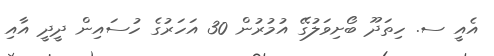
އެއީ ސ. ހިތަދޫ ބޯށިވަލުގޭ އުމުރުން 30 އަހަރުގެ ހުސައިން ދީދީ އާއި